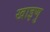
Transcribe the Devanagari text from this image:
खाइणु